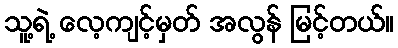
သူ့ရဲ့ လေ့ကျင့်မှတ် အလွန် မြင့်တယ်။